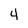
Character: 4